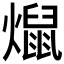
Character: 𰟨